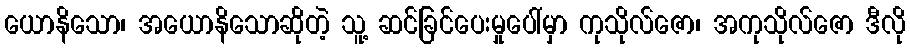
ယောနိသော၊ အယောနိသောဆိုတဲ့ သူ့ ဆင်ခြင်ပေးမှုပေါ်မှာ ကုသိုလ်ဇော၊ အကုသိုလ်ဇော ဒီလို